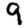
Digit: 9